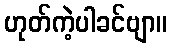
ဟုတ်ကဲ့ပါခင်ဗျာ။